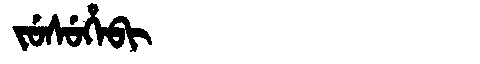
Manchu: ᠵᡠᠰᡠᡥᡝᠪᡳ
Romanization: JUSUHEBI